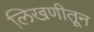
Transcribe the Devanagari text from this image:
लिखणीतून